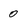
Character: 0